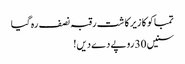
تمباکو کا زیر کاشت رقبہ نصف رہ گیا
سنیں 30 روپے دے دیں!